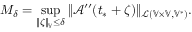
M _ { \delta } = \operatorname* { s u p } _ { \| \zeta \| _ { \mathbb { V } } \le \delta } \| \mathcal { A } ^ { \prime \prime } ( t _ { * } + \zeta ) \| _ { \mathcal { L } ( \mathbb { V } \times \mathbb { V } , \mathbb { V } ^ { * } ) } .